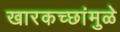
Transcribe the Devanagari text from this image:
खारकच्छांमुळे